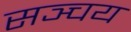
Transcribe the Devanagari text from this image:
सञ्चय